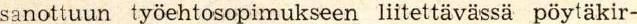
sanottuun työehtosopimukseen liitettävässä pöytäkir-